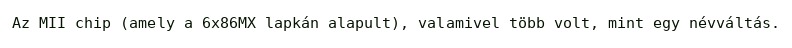
Az MII chip (amely a 6x86MX lapkán alapult), valamivel több volt, mint egy névváltás.